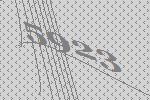
5923